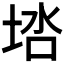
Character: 𰉶